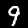
Digit: 9